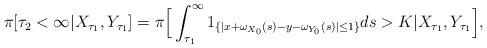
LaTeX: \begin{align*}\begin{aligned}\pi[\tau_2<\infty |X_{\tau_1},Y_{\tau_1}]=\pi\Big[\int_{\tau_1}^\infty 1_{\{|x+\omega_{X_0}(s)-y-\omega_{Y_0}(s)|\leq 1\}}ds>K |X_{\tau_1},Y_{\tau_1}\Big],\end{aligned}\end{align*}